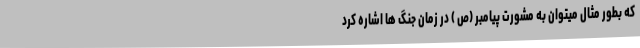
که بطور مثال میتوان به مشورت پیامبر (ص ) در زمان جنگ ها اشاره کرد